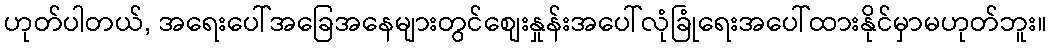
ဟုတ်ပါတယ်, အရေးပေါ်အခြေအနေများတွင်စျေးနှုန်းအပေါ်လုံခြုံရေးအပေါ်ထားနိုင်မှာမဟုတ်ဘူး။